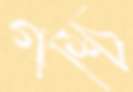
গশ্চি